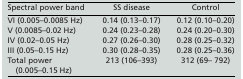
| Spectral power band | SS disease | Control |
 | --- | --- | --- |
 | VI (0.005–0.0085 Hz) | 0.14 (0.13–0.17) | 0.12 (0.10–0.20) |
 | V (0.0085–0.02 Hz) | 0.24 (0.23–0.28) | 0.24 (0.20–0.30) |
 | IV (0.02–0.05 Hz) | 0.27 (0.26–0.30) | 0.28 (0.25–0.32) |
 | III (0.05–0.15 Hz) | 0.30 (0.28–0.35) | 0.28 (0.25–0.36) |
 | Total power (0.005–0.15 Hz) | 213 (106–393) | 312 (69– 792) |